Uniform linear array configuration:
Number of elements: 16
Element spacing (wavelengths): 1
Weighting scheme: kaiser
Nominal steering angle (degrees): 0
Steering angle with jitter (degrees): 0.7237
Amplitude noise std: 0.05
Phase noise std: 0.05

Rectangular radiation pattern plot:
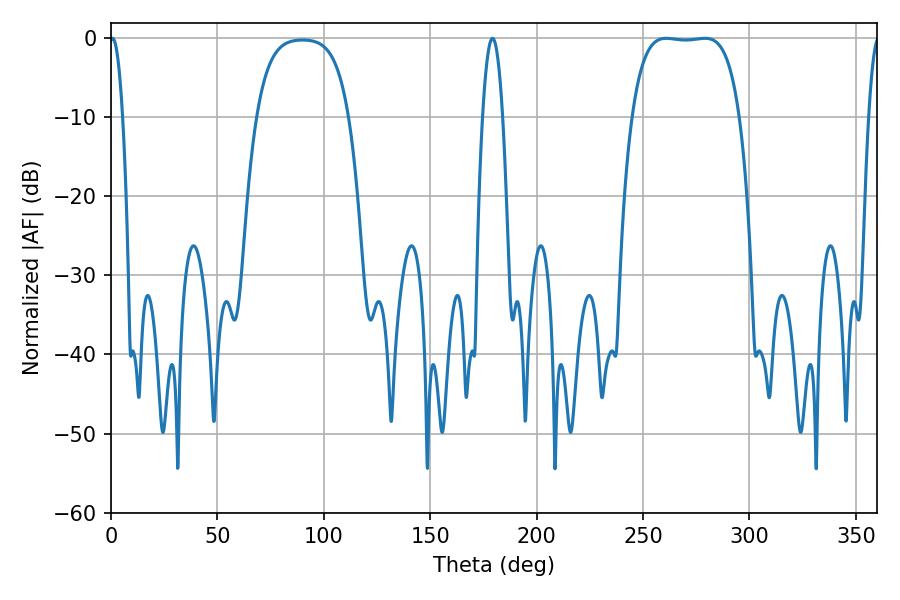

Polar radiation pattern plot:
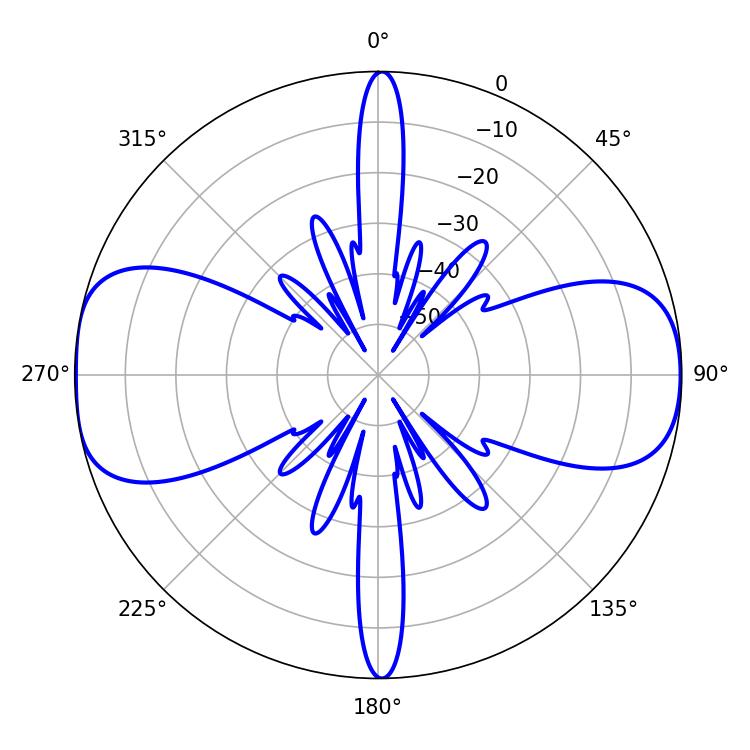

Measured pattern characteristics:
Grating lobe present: TRUE
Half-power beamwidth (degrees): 3.24
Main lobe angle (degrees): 0.72